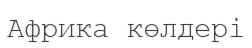
Африка көлдері